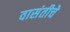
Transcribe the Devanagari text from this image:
वासंतीचे